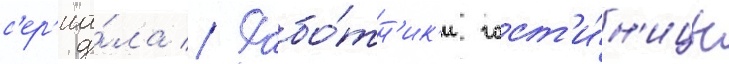
с'ер'иа́ла // Рабо́тн'ик'и гост'и́н'ицы